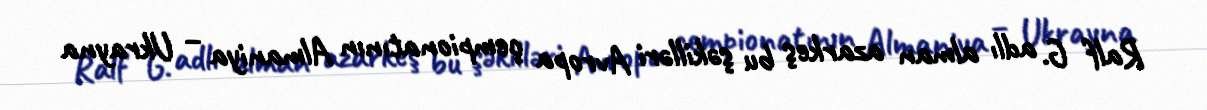
Ralf G. adlı alman azarkeş bu şəkilləri Avropa çempionatının Almaniya – Ukrayna